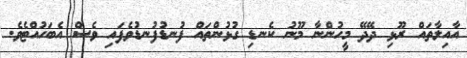
އާއިލާތައް ރޫޅި ދޭދޭ މީހުންނާ މޫނު ކެނޑި ގުޅުންތައް ފުނޑުފުނޑުވެފައި ވެސް އެބަހުއްޓެވެ.